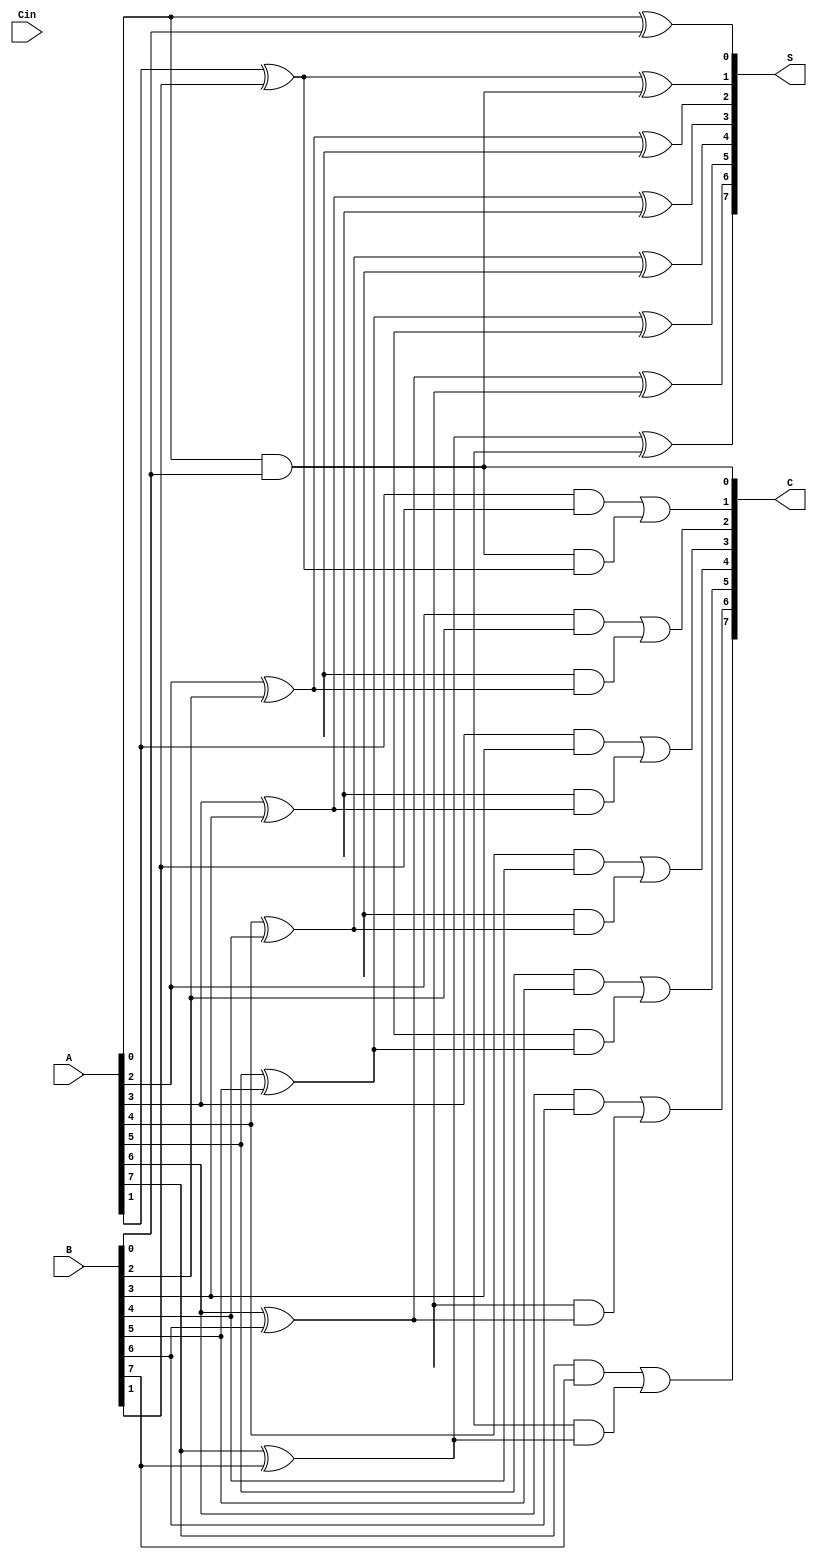
module CarrySaveAdder #(parameter N = 8) (
    input  [N-1:0] A,    // First n-bit input
    input  [N-1:0] B,    // Second n-bit input
    input  Cin,          // Carry-in
    output [N-1:0] S,    // Sum output
    output [N-1:0] C     // Carry output
);

    // Internal wires for half and full adder outputs
    wire [N-1:0] ha_sum, ha_carry;
    wire [N-1:0] fa_sum, fa_carry;

    // Generate half adders for the first bit position
    genvar i;
    generate
        for (i = 0; i < N; i = i + 1) begin: half_adder
            if (i == 0) begin
                // First half adder (A[0], B[0])
                assign ha_sum[i] = A[i] ^ B[i]; // Sum
                assign ha_carry[i] = A[i] & B[i]; // Carry
            end else begin
                // Full adder for subsequent bits (A[i], B[i], carry from previous stage)
                assign fa_sum[i] = A[i] ^ B[i] ^ ha_carry[i-1]; // Sum
                assign fa_carry[i] = (A[i] & B[i]) | (ha_carry[i-1] & (A[i] ^ B[i])); // Carry
            end
        end
    endgenerate

    // Assign final sum and carry outputs
    assign S = {fa_sum[N-1:1], ha_sum[0]}; // Final sum output
    assign C = {fa_carry[N-1:1], ha_carry[0]}; // Final carry output

endmodule